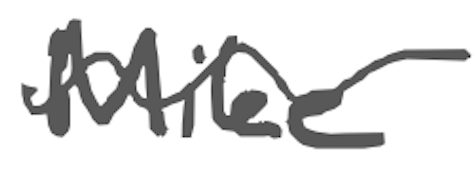
Text: Mike
Cross-out: wave
Writing tool: digital_gray